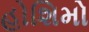
હોશિમો